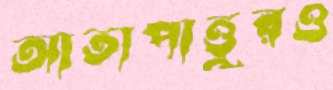
আতাপাত্তুরও